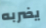
يضربه